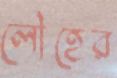
লৌহের